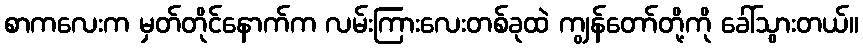
စာကလေးက မှတ်တိုင်နောက်က လမ်းကြားလေးတစ်ခုထဲ ကျွန်တော်တို့ကို ခေါ်သွားတယ်။